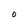
Character: O